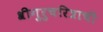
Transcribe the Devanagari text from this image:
श्रीगुरुचरित्राची